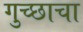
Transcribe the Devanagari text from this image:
गुच्छाचा